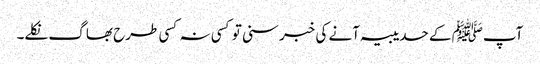
آپﷺ کے حدیبیہ آنے کی خبر سنی تو کسی نہ کسی طرح بھاگ نکلے۔